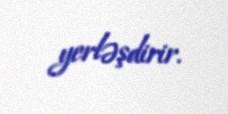
yerləşdirir.